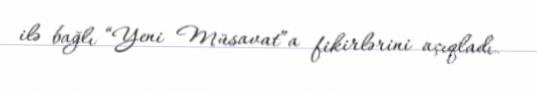
ilə bağlı “Yeni Müsavat”a fikirlərini açıqladı.